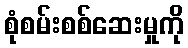
စုံစမ်းစစ်ဆေးမှုကို